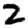
Digit: 2